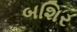
બશિર